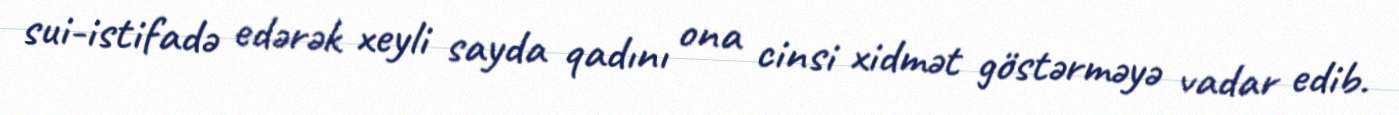
sui-istifadə edərək xeyli sayda qadını ona cinsi xidmət göstərməyə vadar edib.